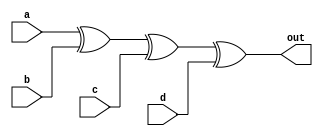
/*

cd\ab 00 01 11 10
    00 0  1  0  1
    01 1  0  1  0
    11 0  1  0  1
    10 0  1  0  1

*/

module top_module(
    input a,
    input b,
    input c,
    input d,
    output out  ); 
    
    assign out = a ^ b ^ c ^ d;

endmodule